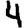
Digit: 4